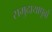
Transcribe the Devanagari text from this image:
समुदायापूर्वों